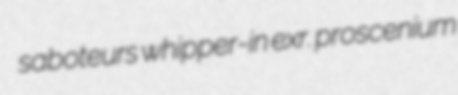
saboteurs whipper-in exr. proscenium